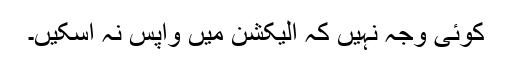
کوئی وجہ نہیں کہ الیکشن میں واپس نہ آسکیں۔